Madras plague regulations and rules for district municipalities and other towns and villages
Disease focus: Plague
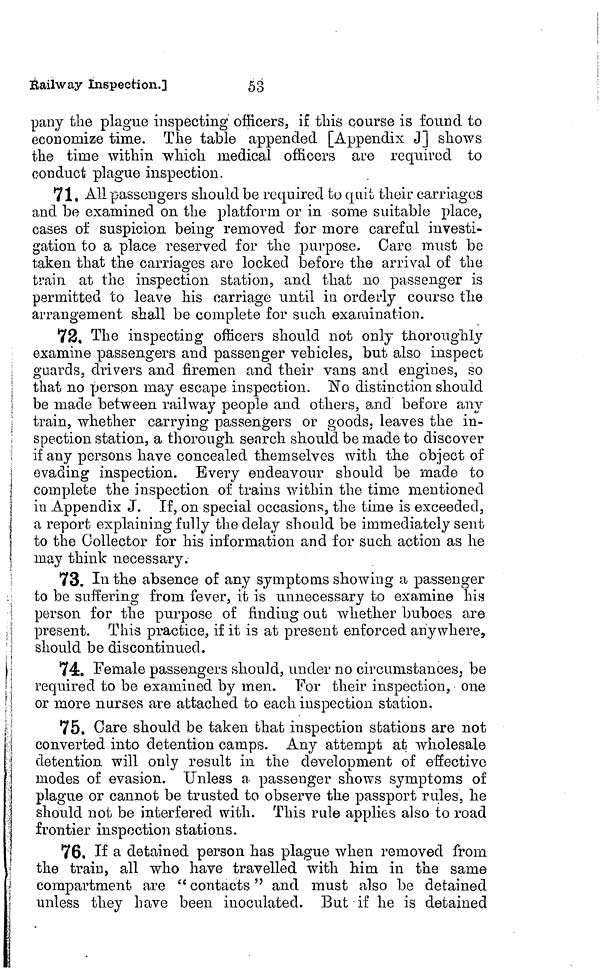
53
Railway Inspection.]
pany the plague inspecting officers, if this course is found to
economize time. The table appended [Appendix J] shows
the time within which medical officers are required to
conduct plague inspection.
71. All passengers should be required to quit their carriages
and be examined on the platform or in some suitable place,
cases of suspicion being removed for more careful investi-
gation to a place reserved for the purpose. Care must be
taken that the carriages are locked before the arrival of the
train at the inspection station, and that no passenger is
permitted to leave his carriage until in orderly course the
arrangement shall be complete for such examination.
72. The inspecting officers should not only thoroughly
examine passengers and passenger vehicles, but also inspect
guards, drivers and firemen and their vans and engines, so
that no person may escape inspection. No distinction should
be made between railway people and others, and before any
train, whether carrying passengers or goods, leaves the in-
spection, station, a thorough search should be made to discover
if any persons have concealed themselves with the object of
evading inspection. Every endeavour should be made to
complete the inspection of trains within the time mentioned
| in Appendix J. If, on special occasions, the time is exceeded,
a report explaining fully the delay should be immediately sent
to the Collector for his information and for such action as he
may think necessary.
73. In the absence of any symptoms showing a passenger
to be suffering from, fever, it is unnecessary to examine his
person for the purpose of finding out whether buboes are
present. This practice, if it is at present enforced anywhere,
should be discontinued.
74. Female passengers should, under no circumstances, be
required to be examined by men. For their inspection, one
or more nurses are attached to each inspection station.
75. Care should be taken that inspection stations are not
converted into detention camps. Any attempt at wholesale
detention will only result in the development of effective
modes of evasion. Unless a passenger shows symptoms of
plague or cannot be trusted to observe the passport rules, he
should not be interfered with. This rule applies also to road
frontier inspection stations.
76, If a detained person has plague when removed from
the train, all who have travelled with him in the same
compartment are " contacts " and must also be detained
unless they have been inoculated. But if he is detained